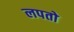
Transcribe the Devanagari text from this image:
लपतो